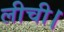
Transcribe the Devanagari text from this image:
लीची।